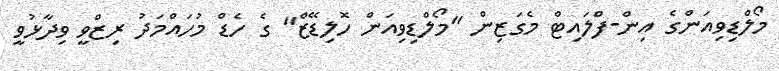
މޯލްޑިވިއަންގެ އިން-ފްލައިޓް މެގަޒިން "މޯލްޑިވިއަން ހޮލިޑޭޒް" ގެ ހެޑް މުހައްމަދު ރިޒްވީ ވިދާޅުވީ